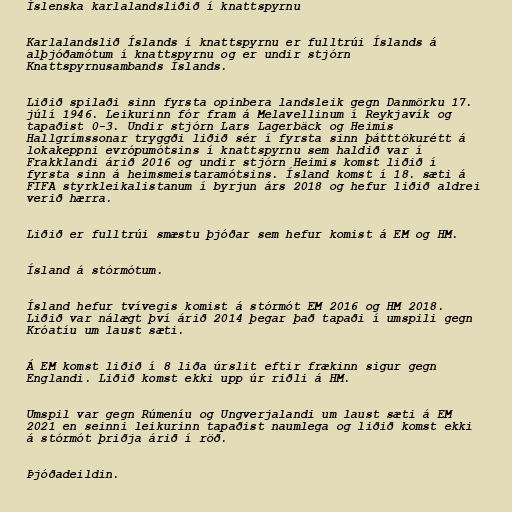
Íslenska karlalandsliðið í knattspyrnu

Karlalandslið Íslands í knattspyrnu er fulltrúi Íslands á
alþjóðamótum í knattspyrnu og er undir stjórn
Knattspyrnusambands Íslands.

Liðið spilaði sinn fyrsta opinbera landsleik gegn Danmörku 17.
júlí 1946. Leikurinn fór fram á Melavellinum í Reykjavík og
tapaðist 0-3. Undir stjórn Lars Lagerbäck og Heimis
Hallgrímssonar tryggði liðið sér í fyrsta sinn þátttökurétt á
lokakeppni evrópumótsins í knattspyrnu sem haldið var í
Frakklandi árið 2016 og undir stjórn Heimis komst liðið í
fyrsta sinn á heimsmeistaramótsins. Ísland komst í 18. sæti á
FIFA styrkleikalistanum í byrjun árs 2018 og hefur liðið aldrei
verið hærra.

Liðið er fulltrúi smæstu þjóðar sem hefur komist á EM og HM.

Ísland á stórmótum.

Ísland hefur tvívegis komist á stórmót EM 2016 og HM 2018.
Liðið var nálægt því árið 2014 þegar það tapaði í umspili gegn
Króatíu um laust sæti.

Á EM komst liðið í 8 liða úrslit eftir frækinn sigur gegn
Englandi. Liðið komst ekki upp úr riðli á HM.

Umspil var gegn Rúmeníu og Ungverjalandi um laust sæti á EM
2021 en seinni leikurinn tapaðist naumlega og liðið komst ekki
á stórmót þriðja árið í röð.

Þjóðadeildin.